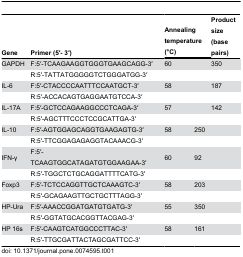
| Gene | Primer (5′- 3′) | <COLSPAN=2> Annealing temperature (°C) | Product size (base pairs) |
 | --- | --- | --- | --- | --- |
 | GAPDH | F:5′-TCAAGAAGGTGGGTGAAGCAGG-3′ | <COLSPAN=2> 60 | 350 |
 |  | R:5′-TATTATGGGGGTCTGGGATGG-3′ | <COLSPAN=2>  |  |
 | IL-6 | F:5′-CTACCCCAATTTCCAATGCT-3′ | <COLSPAN=2> 58 | 187 |
 |  | R:5′-ACCACAGTGAGGAATGTCCA-3′ | <COLSPAN=2>  |  |
 | IL-17A | F:5′-GCTCCAGAAGGCCCTCAGA-3′ | <COLSPAN=2> 57 | 142 |
 |  | R:5′-AGCTTTCCCTCCGCATTGA-3′ | <COLSPAN=2>  |  |
 | IL-10 | F:5′-AGTGGAGCAGGTGAAGAGTG-3′ | 58 | <COLSPAN=2> 250 |
 |  | R:5′-TTCGGAGAGAGGTACAAACG-3′ |  | <COLSPAN=2>  |
 | IFN-γ | F:5′-TCAAGTGGCATAGATGTGGAAGAA-3′ | 60 | <COLSPAN=2> 92 |
 |  | R:5′-TGGCTCTGCAGGATTTTCATG-3′ |  | <COLSPAN=2>  |
 | Foxp3 | F:5′-TCTCCAGGTTGCTCAAAGTC-3′ | 58 | <COLSPAN=2> 203 |
 |  | R:5′-GCAGAAGTTGCTGCTTTAGG-3′ |  | <COLSPAN=2>  |
 | HP-Ura | F:5′-AAACCGGATGATGTGATG-3′ | 55 | <COLSPAN=2> 350 |
 |  | R:5′-GGTATGCACGGTTACGAG-3′ |  | <COLSPAN=2>  |
 | HP 16s | F:5′-CAAGTCATGGCCCTTAC-3′ | 58 | <COLSPAN=2> 161 |
 |  | R:5′-TTGCGATTACTAGCGATTCC-3′ |  | <COLSPAN=2>  |